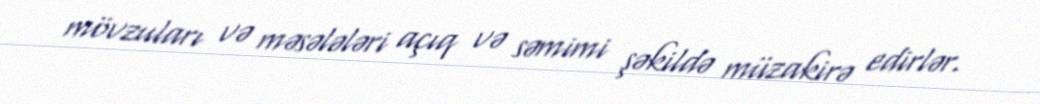
mövzuları və məsələləri açıq və səmimi şəkildə müzakirə edirlər.